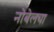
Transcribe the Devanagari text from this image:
नोबेलचा